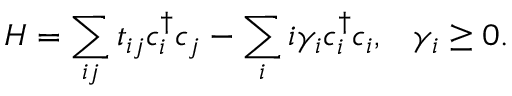
H = \sum _ { i j } t _ { i j } c _ { i } ^ { \dagger } c _ { j } - \sum _ { i } i \gamma _ { i } c _ { i } ^ { \dagger } c _ { i } , \; \; \; \gamma _ { i } \ge 0 .